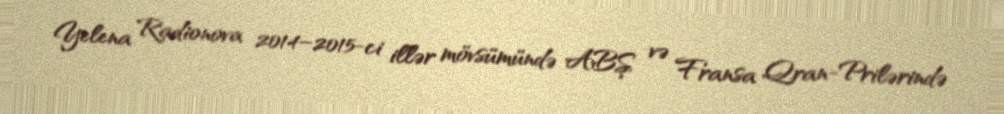
Yelena Radionova 2014–2015-ci illər mövsümündə ABŞ və Fransa Qran-Prilərində